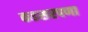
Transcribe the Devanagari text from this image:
कडसरपणा